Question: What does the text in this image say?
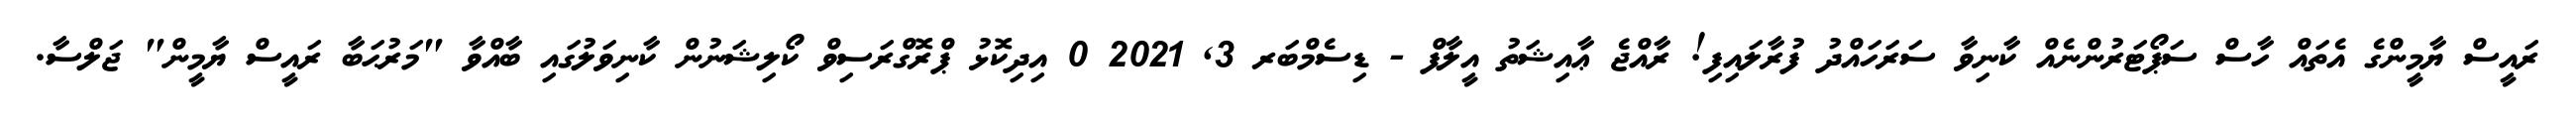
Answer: ރައީސް ޔާމީންގެ އެތައް ހާސް ސަޕޯޓަރުންނެއް ކާނިވާ ސަރަހައްދު ފުރާލައިފި! ރާއްޖެ ޢާއިޝަތު އީލާފް - ޑިސެމްބަރ 3, 2021 0 އިދިކޮޅު ޕްރޮގްރަސިވް ކޯލިޝަނުން ކާނިވަލުގައި ބާއްވާ "މަރުޙަބާ ރައީސް ޔާމީން" ޖަލްސާ.